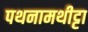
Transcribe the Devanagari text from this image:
पथनामथीट्टा